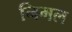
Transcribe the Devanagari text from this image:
निमल